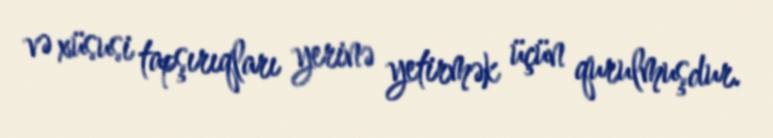
və xüsusi tapşırıqları yerinə yetirmək üçün qurulmuşdur.